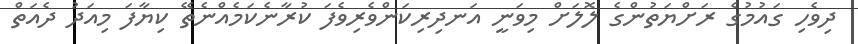
ދިވެހި ގައުމުގެ ރަށްޔަތުންގެ ލޮލަށް މިވަނީ އަނދިރިކަންވެރިވެފަ ކުރާނެކަމެއްނެތޭ ކިޔާފަ މިއަދު ދެއަތް